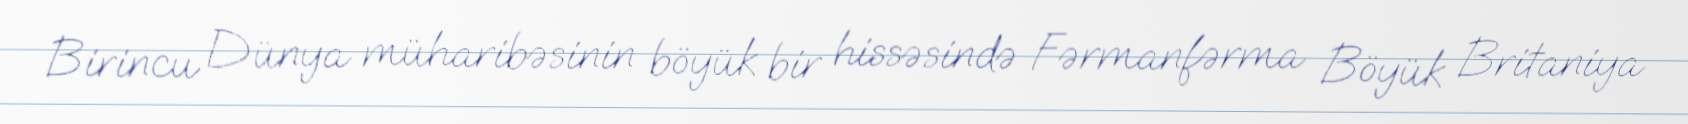
Birincu Dünya müharibəsinin böyük bir hissəsində Fərmanfərma Böyük Britaniya